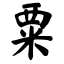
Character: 粟